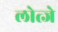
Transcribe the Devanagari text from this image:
लोत्जे